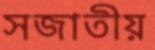
সজাতীয়